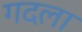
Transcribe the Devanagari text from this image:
गदला